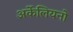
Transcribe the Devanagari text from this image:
अर्केलियनो